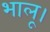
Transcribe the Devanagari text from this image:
भालू।